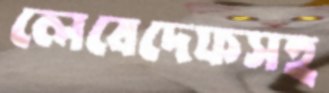
লেবেদেফসহ